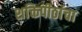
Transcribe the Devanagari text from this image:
शक्तिपीठांचा